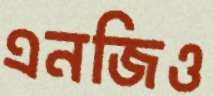
এনজিও